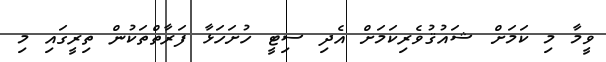
ވީމާ މި ކަމަށް ޝައުޤުވެރިކަމަށް އެދި ސިޓީ ހުށަހަޅާ ފަރާތްތަކުން ތިރީގައި މި